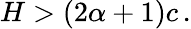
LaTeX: \begin{array}{r}{H>(2\alpha+1)c\, .}\end{array}